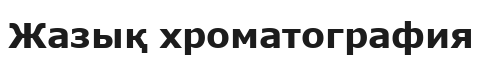
Жазық хроматография